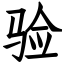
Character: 验